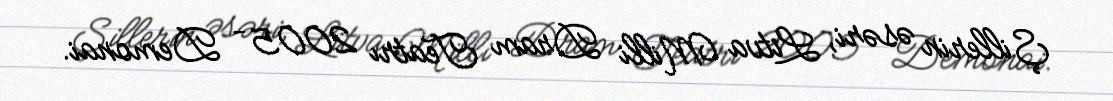
Şillerin əsəri, Litva Milli Dram Teatrı 2005 – Demonai.